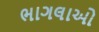
ભાગલાઓ